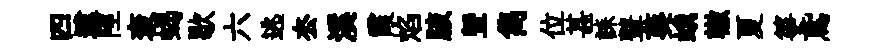
四逮陘衮蝎歇六逃厺溪霞焰腋曁雋位甚誄鼙葵蛾轍夏箏鳶